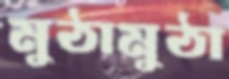
মুঠামুঠা